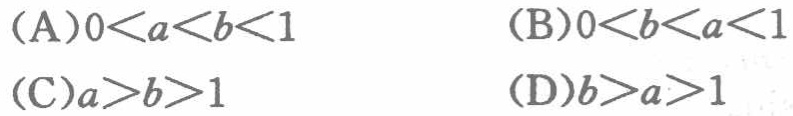
(A)\(0 < a < b < 1\)  (B)\(0 < b < a < 1\)

(C)\(a > b > 1\)  (D)\(b > a > 1\)